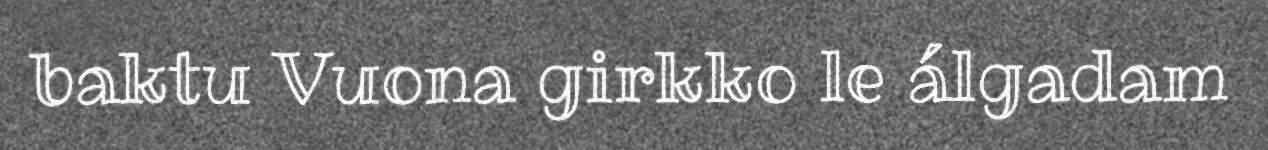
baktu Vuona girkko le álgadam